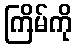
ကြိမ်ကို